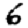
Digit: 6